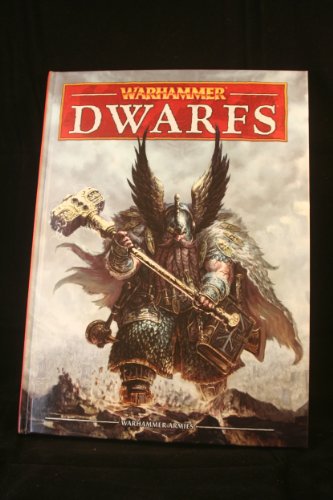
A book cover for Warhammer Armies: Dwarfs (English); Games Workshop; Science Fiction & Fantasy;